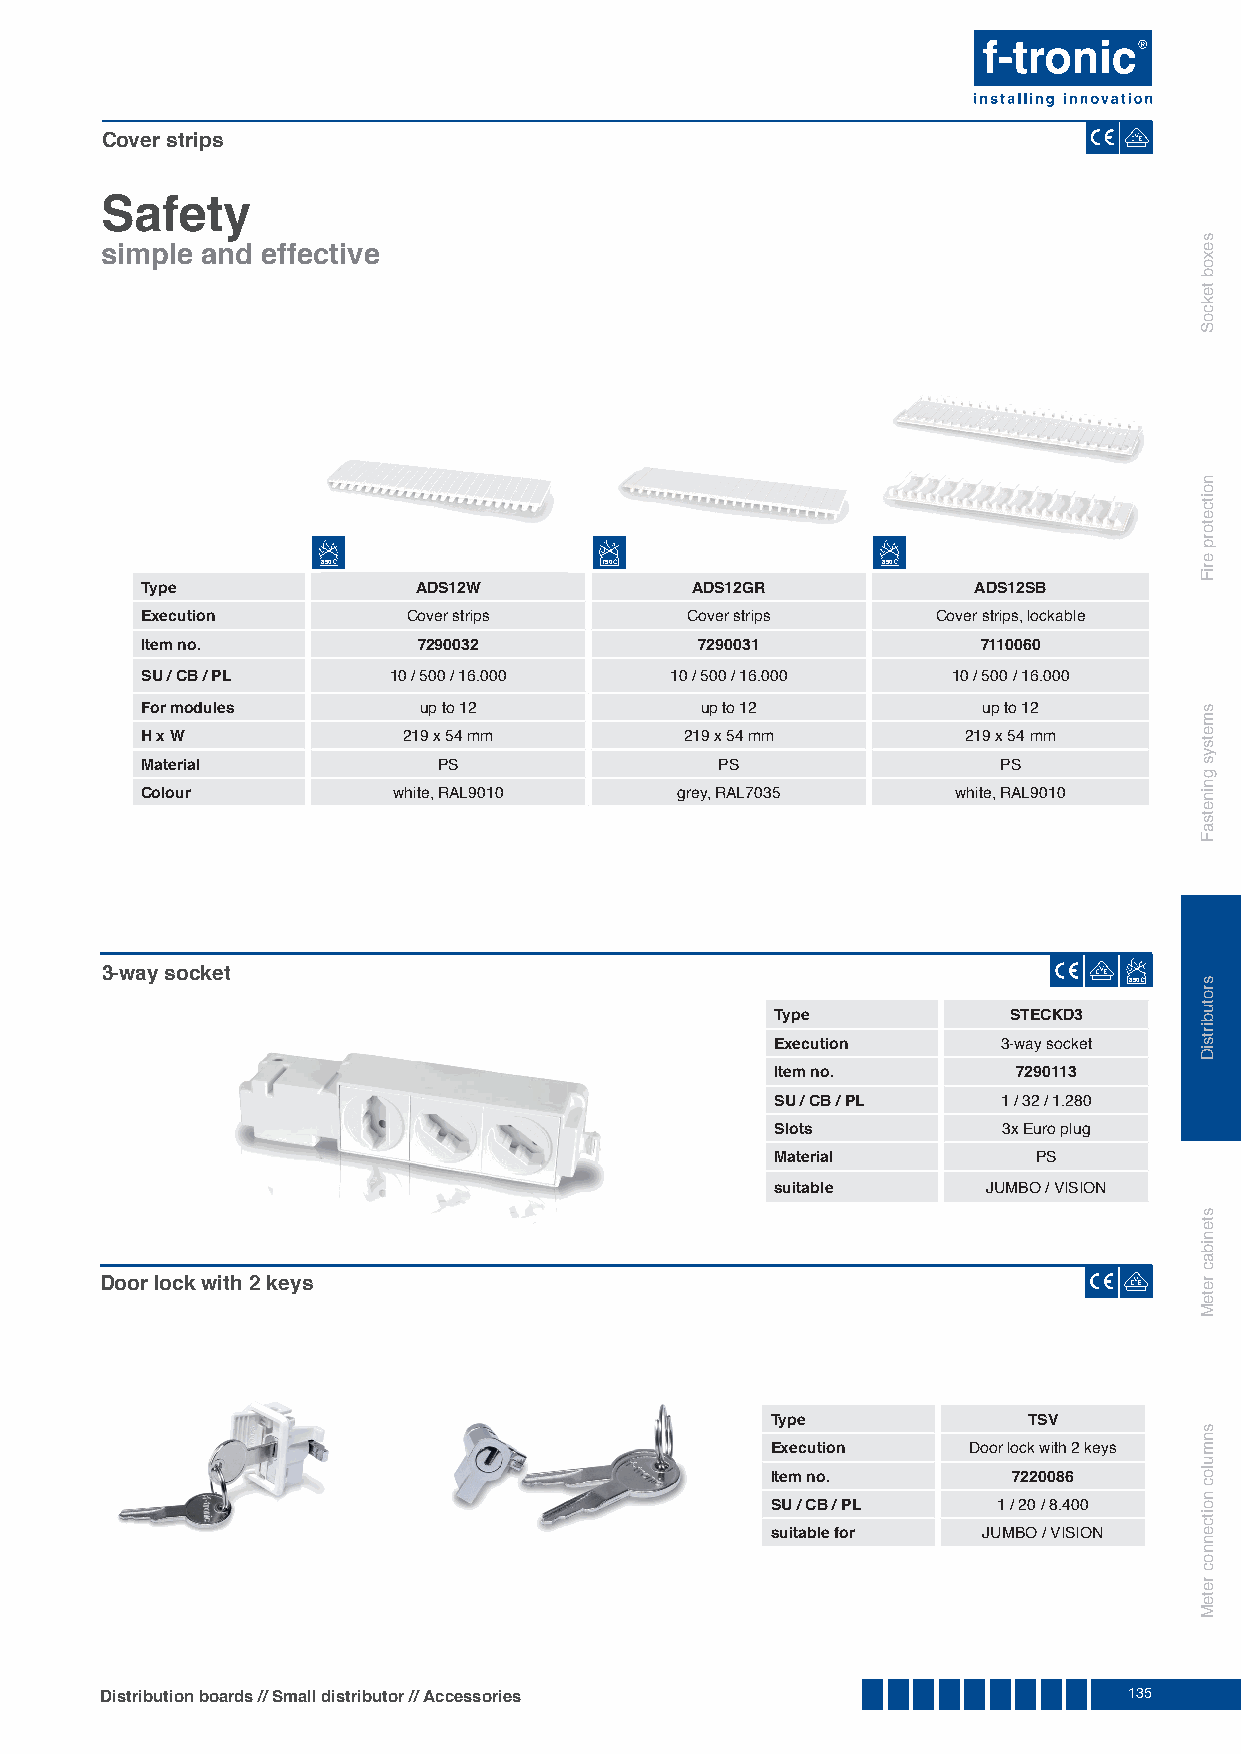
Cover strips
 Safety
 simple and effective
 850                750               850
 Type               ADS12W            ADS12GR           ADS12SB
 Execution         Cover strips      Cover strips     Cover strips, lockable
 Item no.           7290032           7290031            7110060
 SU / CB / PL     10 / 500 / 16.000 10 / 500 / 16.000  10 / 500 / 16.000
 For modules        up to 12          up to 12           up to 12
 H x W             219 x 54 mm       219 x 54 mm        219 x 54 mm
 Material            PS                 PS                PS
 Colour           white, RAL9010     grey, RAL7035     white, RAL9010
 3-way socket
 850
 Type            STECKD3
 Execution      3-way socket
 Item no.        7290113
 SU / CB / PL   1 / 32 / 1.280
 Slots          3x Euro plug
 Material          PS
 suitable      JUMBO / VISION
 Door lock with 2 keys
 Type             TSV
 Execution    Door lock with 2 keys
 Item no.        7220086
 SU / CB / PL   1 / 20 / 8.400
 suitable for  JUMBO / VISION
 Distribution boards // Small distributor // Accessories             135
 sexob
 tekcoS
 noitcetorp
 eriF
 smetsys
 gninetsaF
 srotubirtsiD
 stenibac
 reteM
 snmuloc
 noitcennoc
 reteM